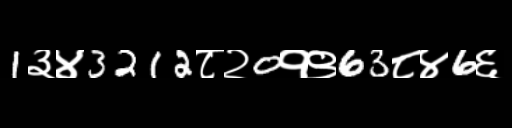
Text: 1३४3212८२0१९63८४6६